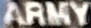
ARMY